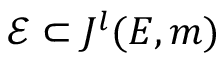
{ \mathcal { E } } \subset J ^ { l } ( E , m )